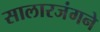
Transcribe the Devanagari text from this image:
सालारजंगने